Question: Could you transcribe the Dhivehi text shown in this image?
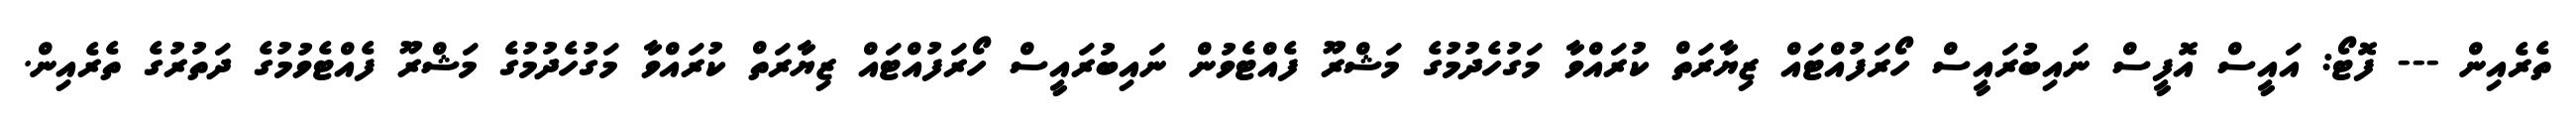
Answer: ތެރެއިން --- ފޮޓޯ: އައީސް އޮފީސް ނައިބުރައީސް ހޯރަފުއްޓައް ޒިޔާރަތް ކުރައްވާ މަގުހެދުމުގެ މަޝްރޫ ފެއްޓެވުން ނައިބުރައީސް ހޯރަފުއްޓައް ޒިޔާރަތް ކުރައްވާ މަގުހެދުމުގެ މަޝްރޫ ފެއްޓެވުމުގެ ދަތުރުގެ ތެރެއިން.